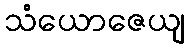
သံယောဇေယျ